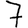
Digit: 7